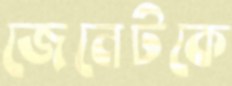
জেনেটকে